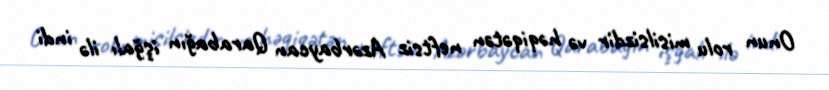
Onun rolu misilsizdir və həqiqətən neftsiz Azərbaycan Qarabağın işğalı ilə indi